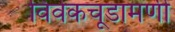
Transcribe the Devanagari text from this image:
विवेकचूडामणी